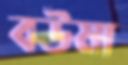
বউমা